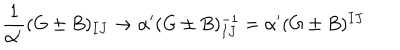
\frac { 1 } { \alpha ^ { \prime } } ( G \pm B ) _ { I J } \rightarrow \alpha ^ { \prime } ( G \pm B ) _ { I J } ^ { - 1 } = \alpha ^ { \prime } ( G \pm B ) ^ { I J }